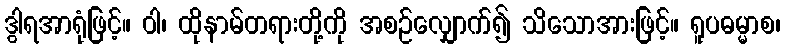
ဒွါရအာရုံဖြင့်။ ဝါ၊ ထိုနာမ်တရားတို့ကို အစဉ်လျှောက်၍ သိသောအားဖြင့်။ ရူပဓမ္မာစ၊